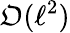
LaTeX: \mathfrak{O}(\ell^{2})